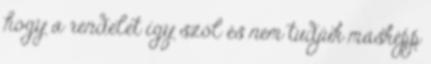
hogy a rendelet így szól és nem tudjuk másképp